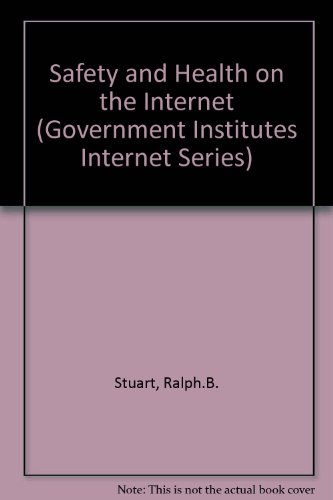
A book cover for Safety and Health on the Internet (2nd Edition); Ralph Stuart; Computers & Technology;